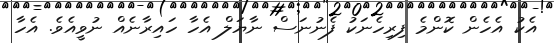
އެކު އެހެން ކޮންމެ ފިރިހެނަކު ފެނުނަސް ނާޔަލް އެހާ ހައިރާނެއް ނުވީއެވެ. އެހާ